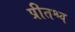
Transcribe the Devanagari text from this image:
प्रीतश्च